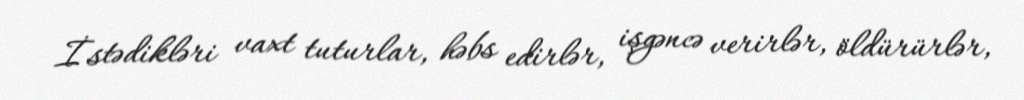
İstədikləri vaxt tuturlar, həbs edirlər, işgəncə verirlər, öldürürlər,